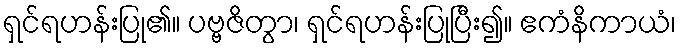
ရှင်ရဟန်းပြု၏။ ပဗ္ဗဇိတွာ၊ ရှင်ရဟန်းပြုပြီး၍။ ဧကံနိကာယံ၊